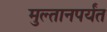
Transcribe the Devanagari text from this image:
मुल्तानपर्यंत